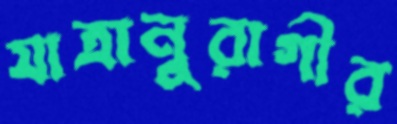
যাত্রানুরাগীর